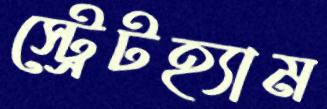
স্ট্রেটহ্যাম